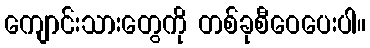
ကျောင်းသားတွေကို တစ်ခုစီဝေပေးပါ။